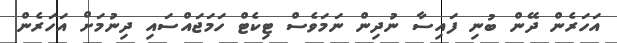
އަހަރެން ދޭން ބުނި ފައިސާ ނުދިން ނަމަވެސް ޓިކެޓް ހަމަޖައްސައި ދިނުމަށް އަހަރެން